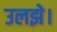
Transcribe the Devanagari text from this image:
उलझे।